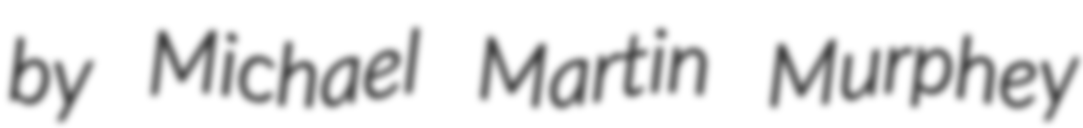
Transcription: by Michael Martin Murphey